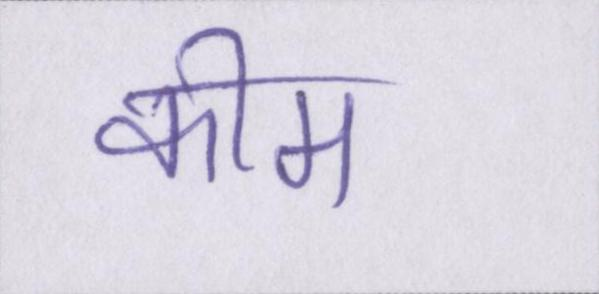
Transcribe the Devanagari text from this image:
कीम